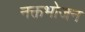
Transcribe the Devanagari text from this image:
नक्तभोजन